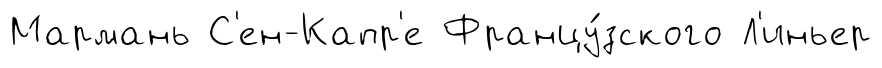
Мармань С'ен-Капр'е Францу́зского Л'иньер